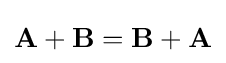
\mathbf {A} +\mathbf {B} =\mathbf {B} +\mathbf {A}